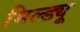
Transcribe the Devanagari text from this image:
मिल्ड्यू